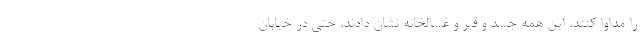
را مداوا کنند، این همه جسد و قبر و غسالخانه نشان دادند، حتی در خیابان